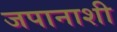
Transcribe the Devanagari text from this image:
जपानाशी